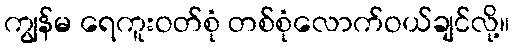
ကျွန်မ ရေကူးဝတ်စုံ တစ်စုံလောက်ဝယ်ချင်လို့။